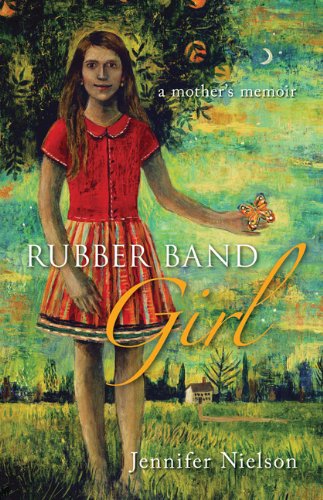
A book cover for Rubber Band Girl A Mother's Memoir; Jennifer Nielson; Teen & Young Adult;